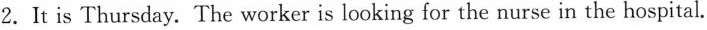
2. It is Thursday. The worker is looking for the nurse in the hospital.